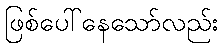
ဖြစ်ပေါ်နေသော်လည်း